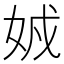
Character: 𡜐